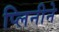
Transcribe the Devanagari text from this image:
प्लिनीने